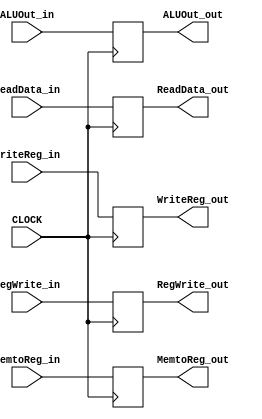
// MEM_WB
module MEM_WB(
    input CLOCK,
    /* input from CONTROL_UNIT */
    input RegWrite_in,
    input MemtoReg_in,
    /* others (3) */
    input [31:0] ALUOut_in,
    input [31:0] ReadData_in,
    input [4:0] WriteReg_in,

    /* control unit output (2) */
    output reg RegWrite_out,
    output reg MemtoReg_out,
    /* others (3) */
    output reg [31:0] ALUOut_out,
    output reg [31:0] ReadData_out,
    output reg [4:0] WriteReg_out
);
    always @(posedge CLOCK) begin
        /* input from CONTROL_UNIT */
        RegWrite_out <= RegWrite_in;
        MemtoReg_out <= MemtoReg_in;
        /* others (3) */
        ALUOut_out <= ALUOut_in;
        ReadData_out <= ReadData_in;
        WriteReg_out <= WriteReg_in;
    end
endmodule